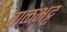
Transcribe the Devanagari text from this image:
बाळंभट्ट